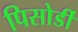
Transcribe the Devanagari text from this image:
पिसोर्डी